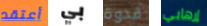
أعتقد بي قدوة إرهابي